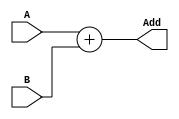
`define bits 9
module Add(A, B, Add);
    input signed [`bits-1:0] A, B;
    output [`bits-1:0] Add;
    assign Add = A + B;
endmodule